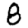
Digit: 8